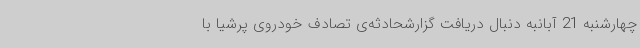
چهارشنبه 21 آبانبه دنبال دریافت گزارشحادثه‌ی تصادف خودروی پرشیا با